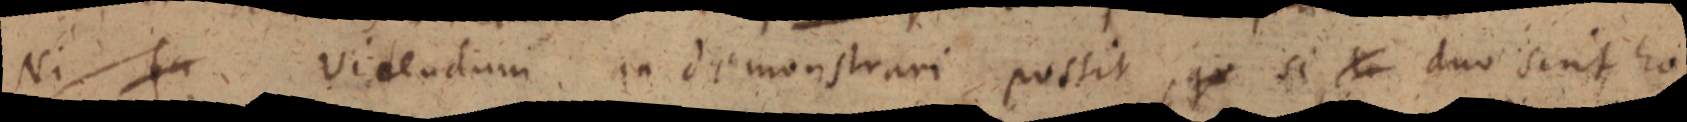
Ni fa Videndum in demonstrari possit, qu si _ duo sint ho